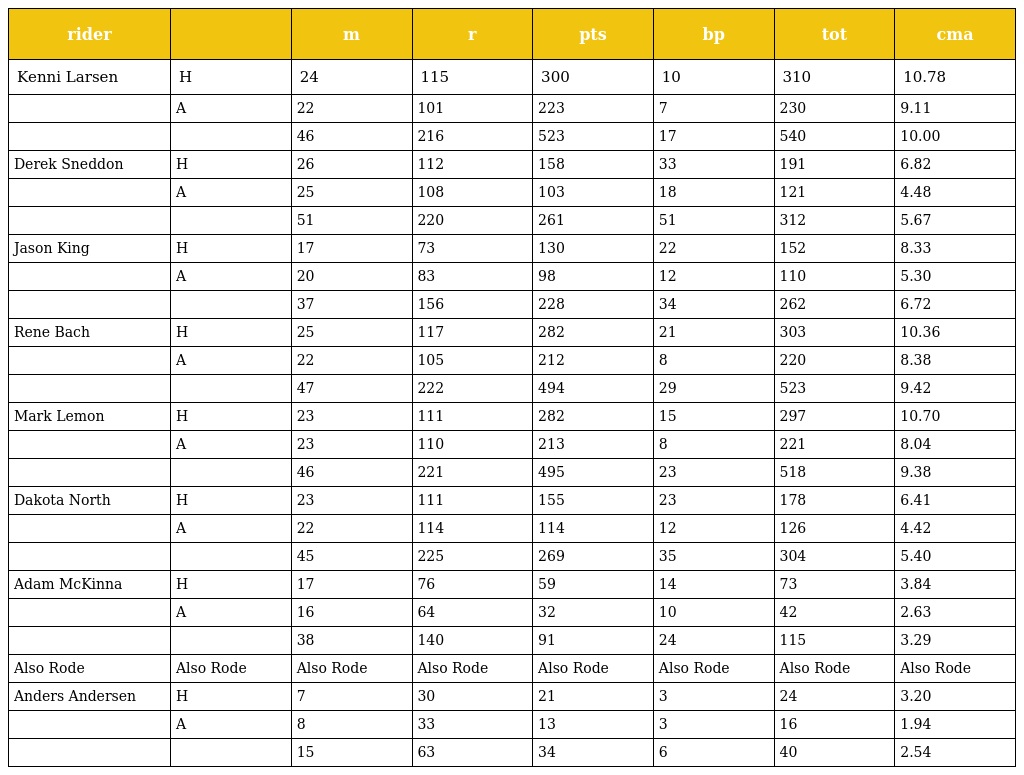
| rider |  | m | r | pts | bp | tot | cma |
 | --- | --- | --- | --- | --- | --- | --- | --- |
 | Kenni Larsen | H | 24 | 115 | 300 | 10 | 310 | 10.78 |
 |  | A | 22 | 101 | 223 | 7 | 230 | 9.11 |
 |  |  | 46 | 216 | 523 | 17 | 540 | 10.00 |
 | Derek Sneddon | H | 26 | 112 | 158 | 33 | 191 | 6.82 |
 |  | A | 25 | 108 | 103 | 18 | 121 | 4.48 |
 |  |  | 51 | 220 | 261 | 51 | 312 | 5.67 |
 | Jason King | H | 17 | 73 | 130 | 22 | 152 | 8.33 |
 |  | A | 20 | 83 | 98 | 12 | 110 | 5.30 |
 |  |  | 37 | 156 | 228 | 34 | 262 | 6.72 |
 | Rene Bach | H | 25 | 117 | 282 | 21 | 303 | 10.36 |
 |  | A | 22 | 105 | 212 | 8 | 220 | 8.38 |
 |  |  | 47 | 222 | 494 | 29 | 523 | 9.42 |
 | Mark Lemon | H | 23 | 111 | 282 | 15 | 297 | 10.70 |
 |  | A | 23 | 110 | 213 | 8 | 221 | 8.04 |
 |  |  | 46 | 221 | 495 | 23 | 518 | 9.38 |
 | Dakota North | H | 23 | 111 | 155 | 23 | 178 | 6.41 |
 |  | A | 22 | 114 | 114 | 12 | 126 | 4.42 |
 |  |  | 45 | 225 | 269 | 35 | 304 | 5.40 |
 | Adam McKinna | H | 17 | 76 | 59 | 14 | 73 | 3.84 |
 |  | A | 16 | 64 | 32 | 10 | 42 | 2.63 |
 |  |  | 38 | 140 | 91 | 24 | 115 | 3.29 |
 | Also Rode | Also Rode | Also Rode | Also Rode | Also Rode | Also Rode | Also Rode | Also Rode |
 | Anders Andersen | H | 7 | 30 | 21 | 3 | 24 | 3.20 |
 |  | A | 8 | 33 | 13 | 3 | 16 | 1.94 |
 |  |  | 15 | 63 | 34 | 6 | 40 | 2.54 |